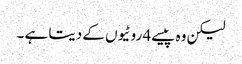
لیکن وہ پیسے 4 روٹیوں کے دیتا ہے ۔